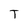
Character: T